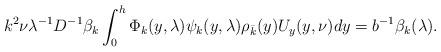
LaTeX: \begin{align*}k^2 \nu \lambda^{-1} D^{-1} \beta_k \int_0^h \Phi_k(y, \lambda) \psi_k(y,\lambda) \rho_{\bar k}(y) U_y(y, \nu) dy=b^{-1} \beta_k(\lambda).\end{align*}